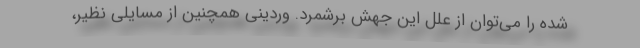
شده را می‌توان از علل این جهش برشمرد. وردینی همچنین از مسایلی نظیر،